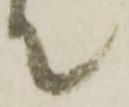
て